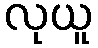
လုယူ